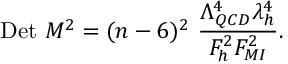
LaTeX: \mathrm { D e t } \ M ^ { 2 } = ( n - 6 ) ^ { 2 } \ \frac { \Lambda _ { Q C D } ^ { 4 } \lambda _ { h } ^ { 4 } } { F _ { h } ^ { 2 } F _ { M I } ^ { 2 } } .